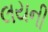
લયની